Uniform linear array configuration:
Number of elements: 32
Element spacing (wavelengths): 1
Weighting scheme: uniform
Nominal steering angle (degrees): -60
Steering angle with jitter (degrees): -61.378
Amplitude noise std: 0.05
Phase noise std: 0.05

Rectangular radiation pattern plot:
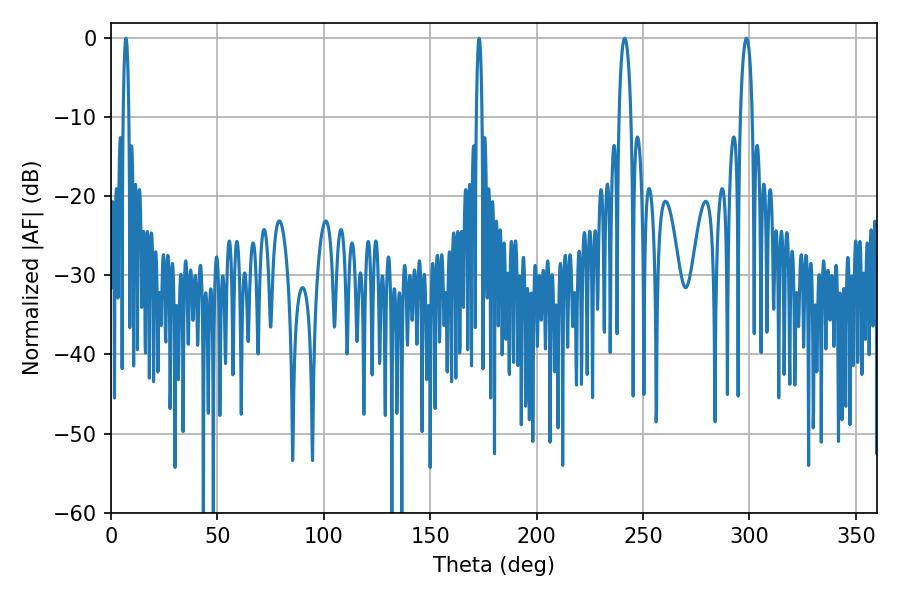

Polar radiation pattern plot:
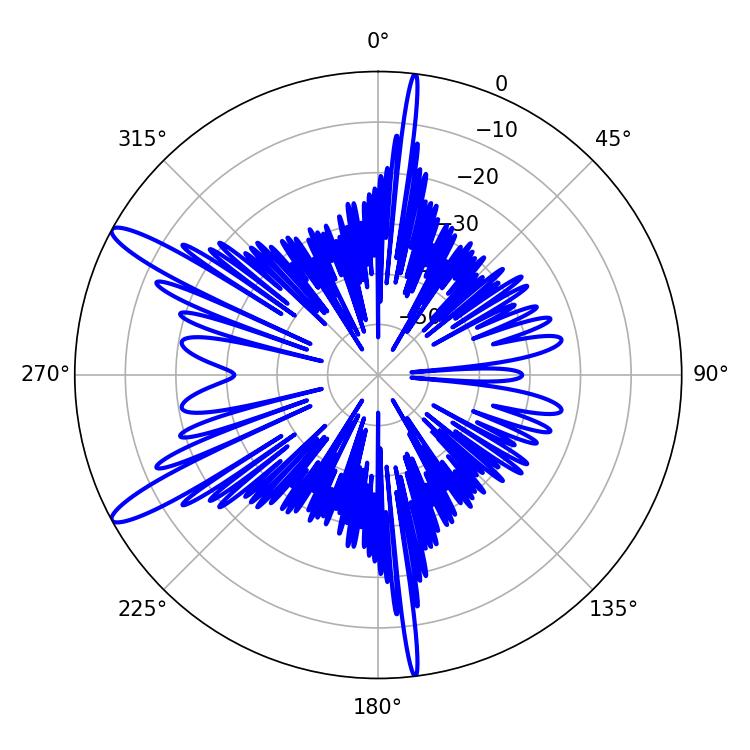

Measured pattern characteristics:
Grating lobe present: TRUE
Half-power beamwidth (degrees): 3.24
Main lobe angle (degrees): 241.38